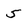
Character: 5